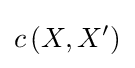
c\left(X,X'\right)